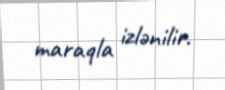
maraqla izlənilir.